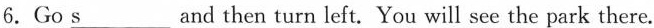
6.Go \underline{s} and then turn left. You will see the park there.